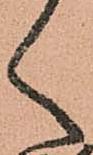
く